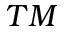
T M